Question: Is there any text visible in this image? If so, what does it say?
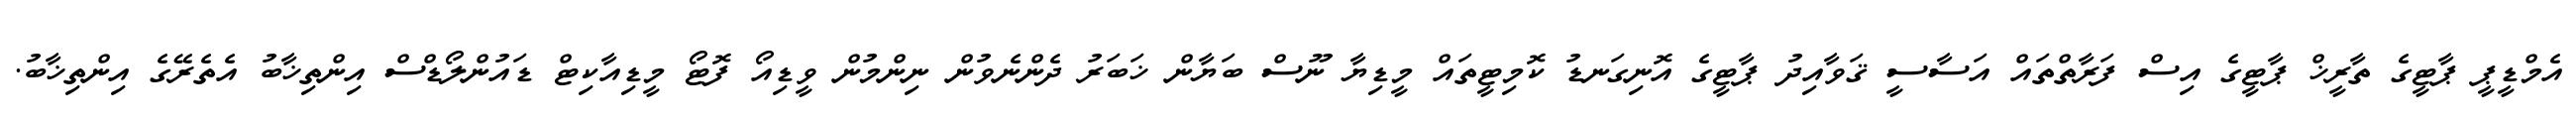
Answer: އެމްޑީޕީ ޕާޓީގެ ތާރީޚް ޕާޓީގެ އިސް ފަރާތްތައް އަސާސީ ޤަވާއިދު ޕާޓީގެ އޮނިގަނޑު ކޮމިޓީތައް މީޑިޔާ ނޫސް ބަޔާން ޚަބަރު ދެންނެވުން ނިންމުން ވީޑިއޯ ފޮޓޯ މީޑިއާކިޓް ޑައުންލޯޑްސް އިންތިޚާބު އެތެރޭގެ އިންތިޚާބު.